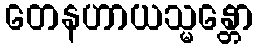
တေနဟာယသ္မန္တော